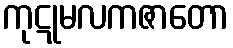
ကုဋုမလကဇာတော